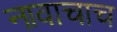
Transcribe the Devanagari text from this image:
नावाचाच